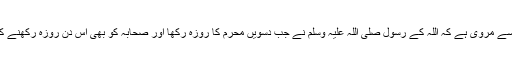
“ (بخاری؛۲۰۰۷/ مسلم؛۱۱۳۵)
حضرت عبداللہ بن عباس رضی اللہ عنہ سے مروی ہے کہ اللہ کے رسول صلی اللہ علیہ وسلم نے جب دسویں محرم کا روزہ رکھا اور صحابہ کو بھی اس دن روزہ رکھنے کا حکم فرمایا تو لوگوں نے عرض کیا کہ
”اے اللہ کے رسول صلی اللہ علیہ وسلم !